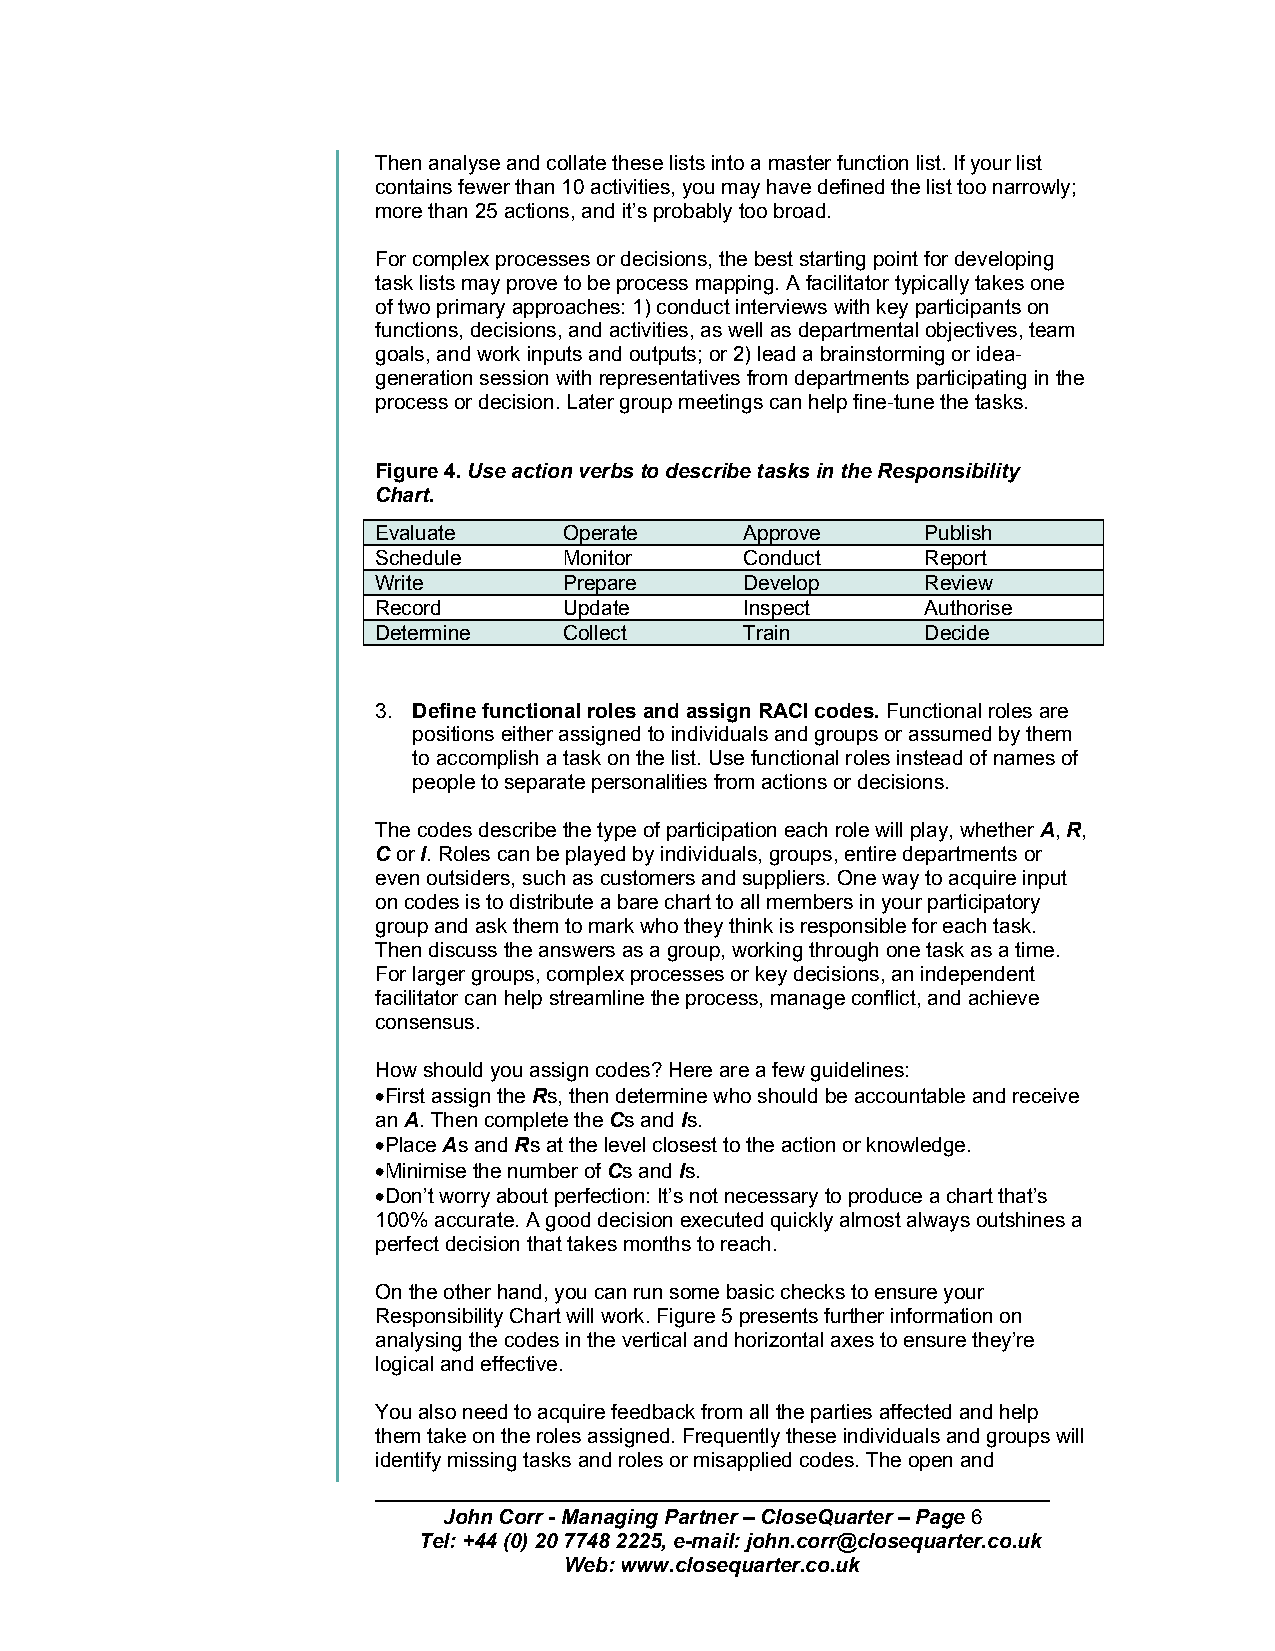
Then analyse and collate these lists into a master function list. If your list
 contains fewer than 10 activities, you may have defined the list too narrowly;
 more than 25 actions, and it’s probably too broad.
 For complex processes or decisions, the best starting point for developing
 task lists may prove to be process mapping. A facilitator typically takes one
 of two primary approaches: 1) conduct interviews with key participants on
 functions, decisions, and activities, as well as departmental objectives, team
 goals, and work inputs and outputs; or 2) lead a brainstorming or idea-
 generation session with representatives from departments participating in the
 process or decision. Later group meetings can help fine-tune the tasks.
 Figure 4. Use action verbs to describe tasks in the Responsibility
 Chart.
 Evaluate    Operate     Approve     Publish
 Schedule    Monitor     Conduct     Report
 Write       Prepare     Develop     Review
 Record      Update      Inspect     Authorise
 Determine   Collect     Train       Decide
 3. Define functional roles and assign RACI codes. Functional roles are
 positions either assigned to individuals and groups or assumed by them
 to accomplish a task on the list. Use functional roles instead of names of
 people to separate personalities from actions or decisions.
 The codes describe the type of participation each role will play, whether A, R,
 C or I. Roles can be played by individuals, groups, entire departments or
 even outsiders, such as customers and suppliers. One way to acquire input
 on codes is to distribute a bare chart to all members in your participatory
 group and ask them to mark who they think is responsible for each task.
 Then discuss the answers as a group, working through one task as a time.
 For larger groups, complex processes or key decisions, an independent
 facilitator can help streamline the process, manage conflict, and achieve
 consensus.
 How should you assign codes? Here are a few guidelines:
 •First assign the Rs, then determine who should be accountable and receive
 an A. Then complete the Cs and Is.
 •Place As and Rs at the level closest to the action or knowledge.
 •Minimise the number of Cs and Is.
 •Don’t worry about perfection: It’s not necessary to produce a chart that’s
 100% accurate. A good decision executed quickly almost always outshines a
 perfect decision that takes months to reach.
 On the other hand, you can run some basic checks to ensure your
 Responsibility Chart will work. Figure 5 presents further information on
 analysing the codes in the vertical and horizontal axes to ensure they’re
 logical and effective.
 You also need to acquire feedback from all the parties affected and help
 them take on the roles assigned. Frequently these individuals and groups will
 identify missing tasks and roles or misapplied codes. The open and
 John Corr - Managing Partner – CloseQuarter – Page 6
 Tel: +44 (0) 20 7748 2225, e-mail: john.corr@closequarter.co.uk
 Web: www.closequarter.co.uk